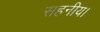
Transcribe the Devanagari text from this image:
सहनीय।